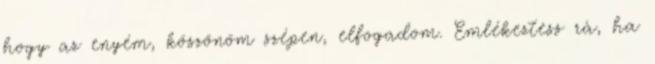
hogy az enyém, köszönöm szépen, elfogadom. Emlékeztess rá, ha